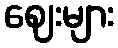
ဈေးများ